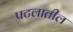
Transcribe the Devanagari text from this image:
पटलातील